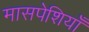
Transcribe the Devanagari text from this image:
मासपेशियाँ